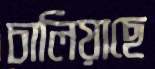
চালিয়াছে